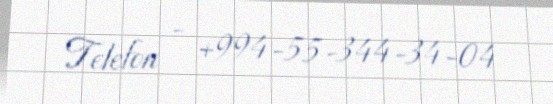
Telefon - +994-55-344-34-04